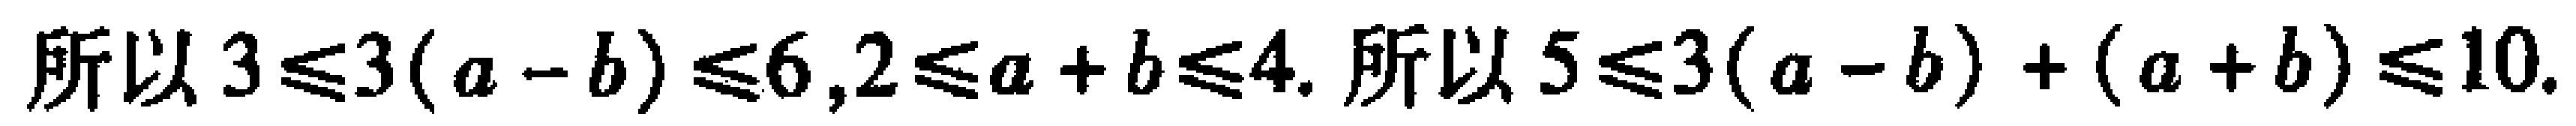
所以\(3\leqslant3(a - b)\leqslant6,2\leqslant a + b\leqslant4.\) 所以\(5\leqslant3(a - b)+(a + b)\leqslant10.\)